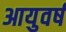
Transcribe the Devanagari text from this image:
आयुवर्ष